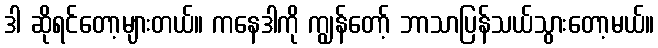
ဒါ ဆိုရင်တော့များတယ်။ ကနေဒါကို ကျွန်တော့် ဘာသာပြန်သယ်သွားတော့မယ်။